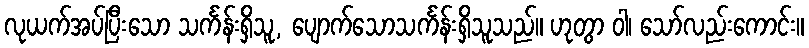
လုယက်အပ်ပြီးသော သင်္ကန်းရှိသူ, ပျောက်သောသင်္ကန်းရှိသူသည်။ ဟုတွာ ဝါ၊ သော်လည်းကောင်း။